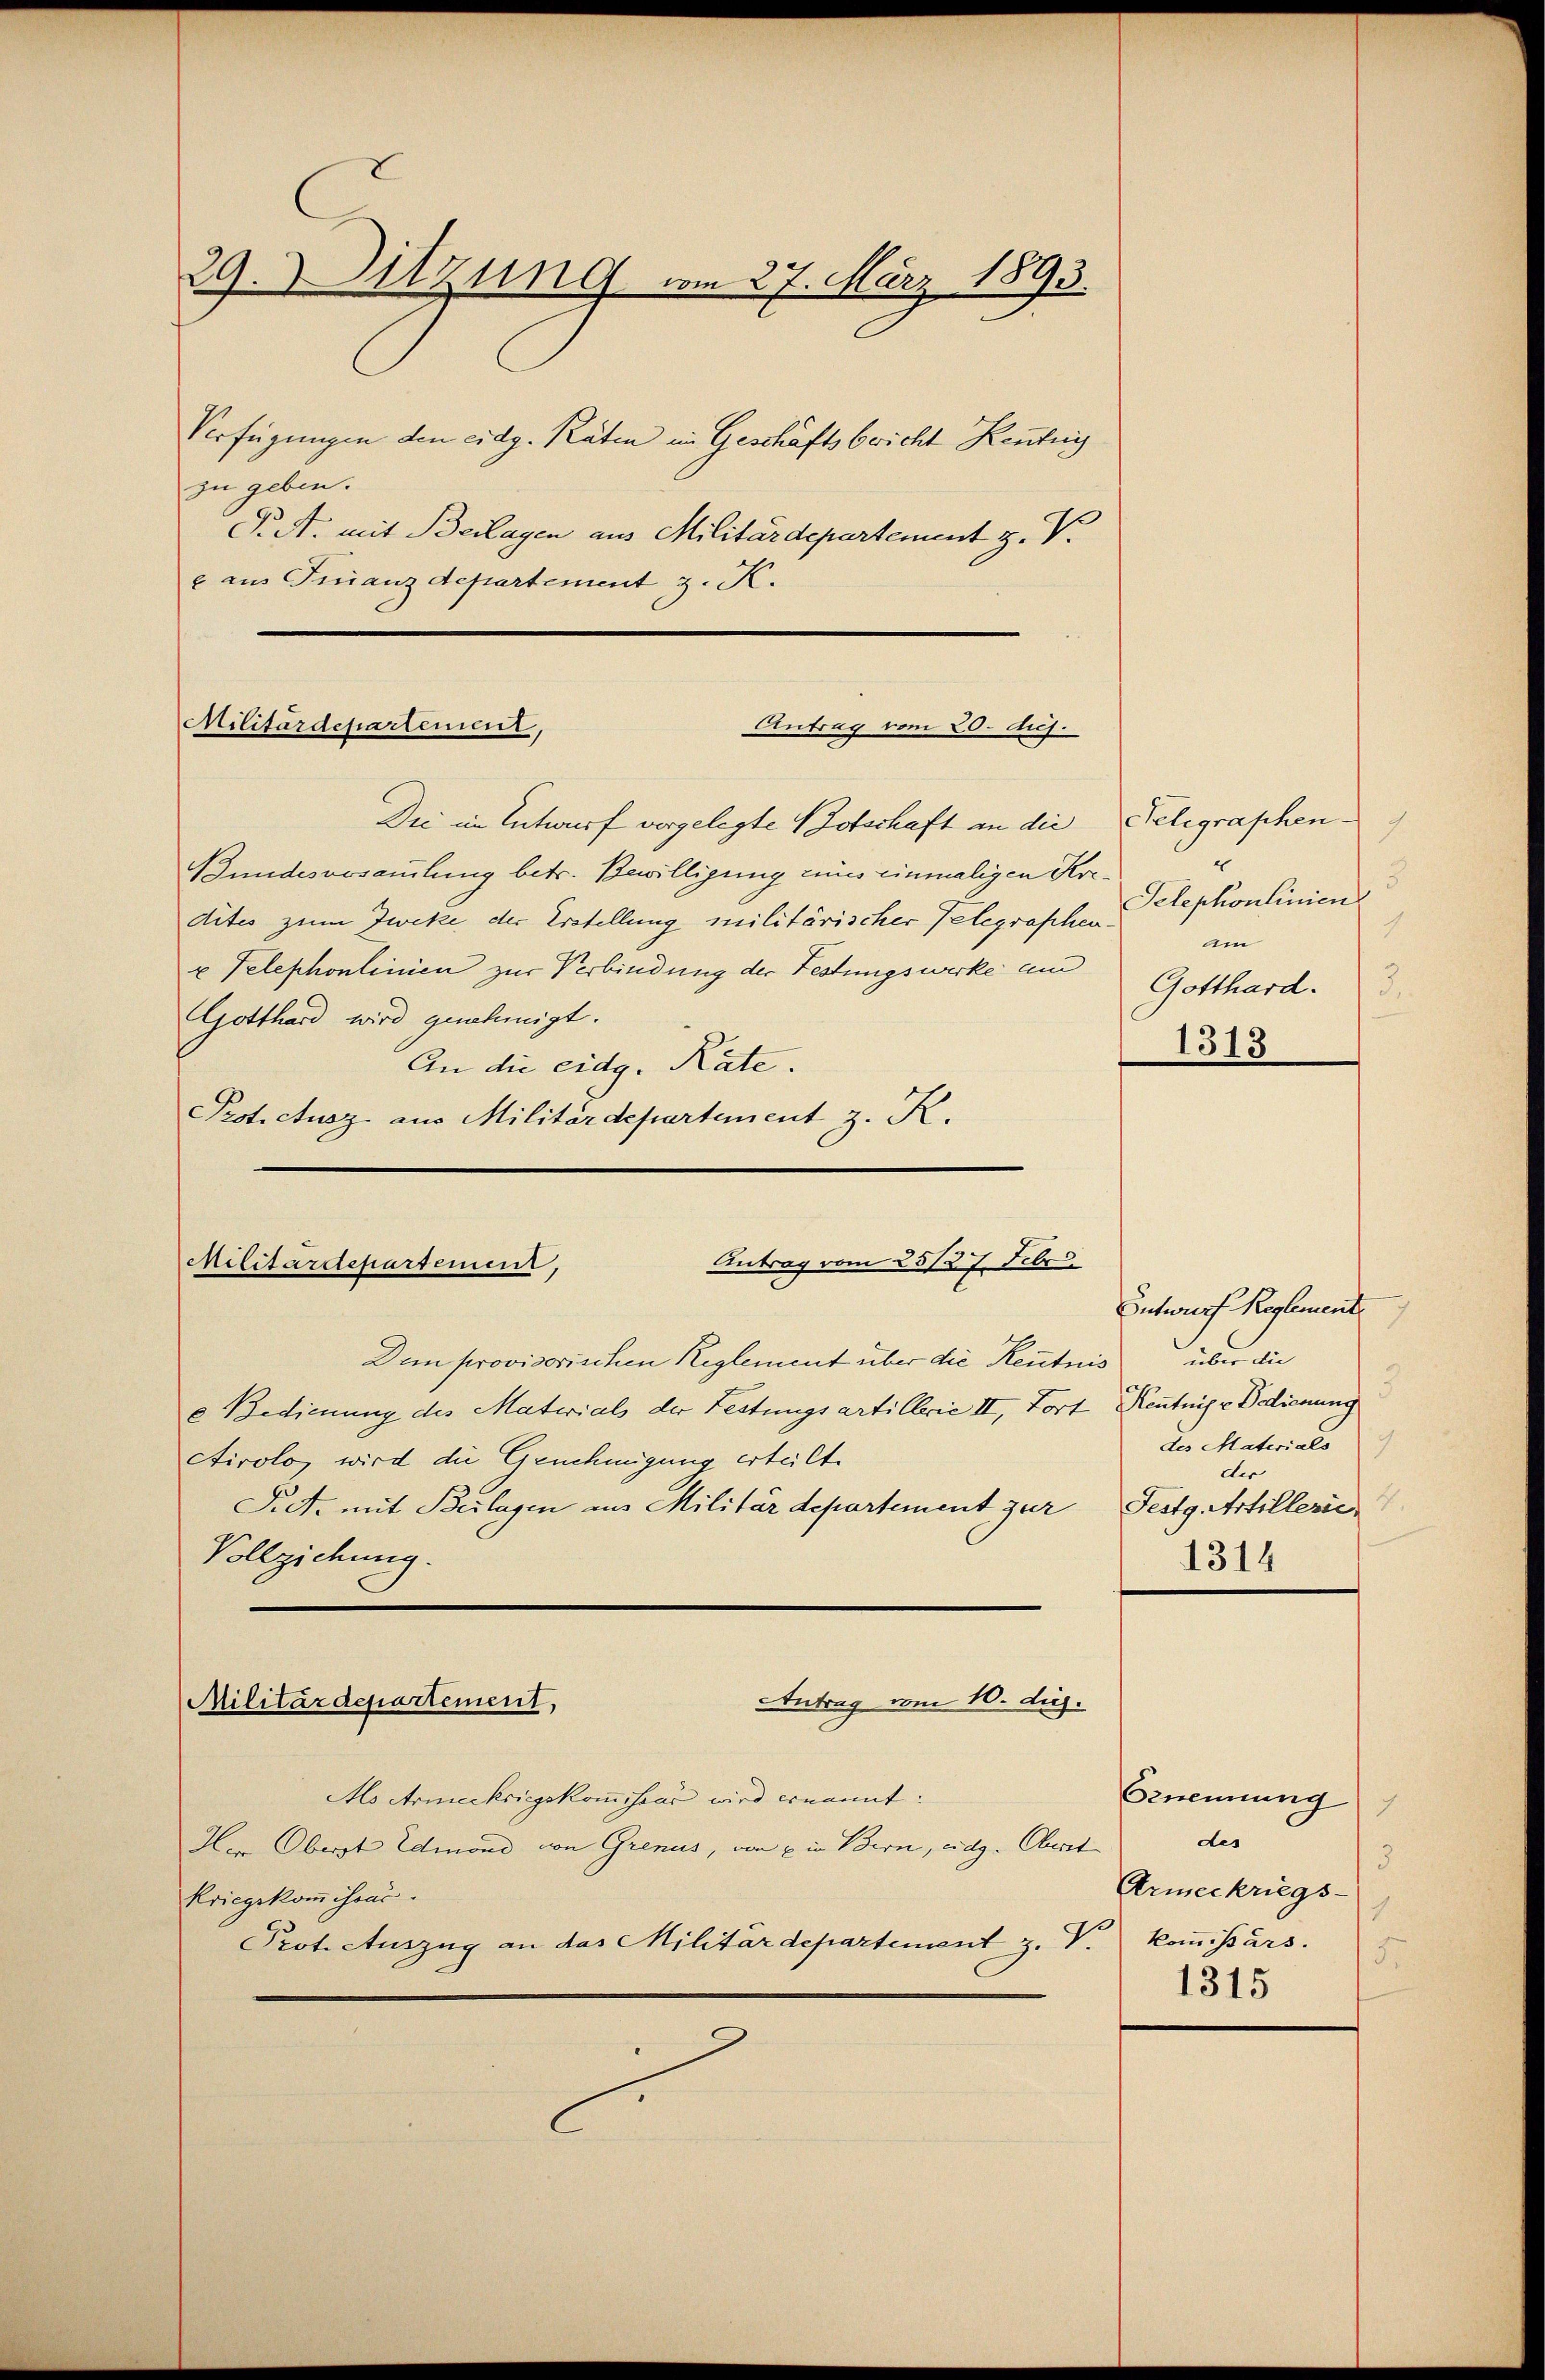
29. Sitzung vom 27. März 1893.
Verfügungen den eidg. Räten im Geschäftsbricht Kenntni

zu geben.
T. A. mit Beilagen aus Militärdepartement z. V.
e aus Furanz departement z. K.

Die im Entwurf vorgelegte Notschaft an die Telegraphen
Bundesversammlung betr. Bewilligung eines einmaligen Kredites zum Zweke der Erstellung militärischer Telegraphenx Telephonlinien zur Verbindung der Festungswerke un
Gotthard wird genehmigt.
An die eidg. Rate.
Protectusz aus Militärdepartement z. K.

Militärdepartement,
Antrag vom 20. huj.

Antrag vom 25/27. Febr.
Militärdepartement,

Den provisorischen Reglement über die Reutnis
e Bedienung des Materials der Leitungsartillerie III, Fort Kenntnisr Bedienung
ctirolo, wird die Genehmigung erteilt.
Siet. mit Beilagen aus Militärdepartement zur Festg. Artillerie
Vollziehung.
Antrag vom 10. dij.
Militärdepartement,
Als Armeekriegskommissor wird ernannt:
Her Oberst Edmond von Grenus, von ein Bern, eidg. Oberst
kriegskommissar.
Prot. Auszug an das Militärdepartement z. V.

e
5.
Telephonlinien
.
am
Gotthard.
3.
1313

Entwurf Reglement
über die
des Materials
der
1314

Grnennung
7
des
5
Armeekriegs-
kommißärs.
5
1315